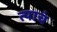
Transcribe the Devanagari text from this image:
त्‍याचं